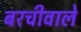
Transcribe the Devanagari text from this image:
बरचीवाले